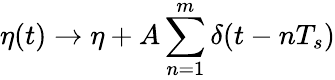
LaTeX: \eta(t)\rightarrow\eta+A\sum_{n=1}^{m}{\delta{(t-nT_{s})}}